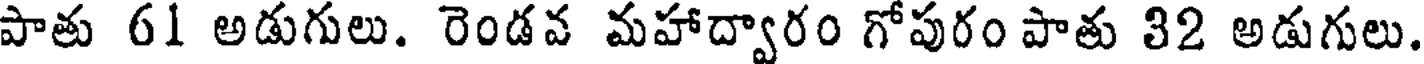
పాతు 61 అడుగులు. రెండవ మహాద్వారం గోపురం పాతు 32 అడుగులు.